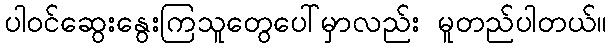
ပါဝင်ဆွေးနွေးကြသူတွေပေါ်မှာလည်း မူတည်ပါတယ်။